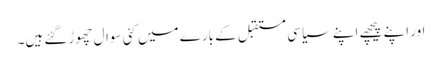
اور اپنے پیچھے اپنے سیاسی مستقبل کے بارے میں کئی سوال چھوڑ گئے ہیں۔